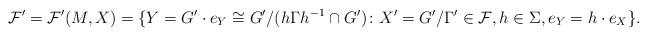
LaTeX: \begin{align*} \mathcal{F}'=\mathcal{F}'(M,X)=\{Y=G'\cdot e_{Y}\cong G'/(h\Gamma h^{-1}\cap G')\colon X'=G'/\Gamma'\in\mathcal{F}, h\in\Sigma, e_{Y}=h\cdot e_{X}\}. \end{align*}